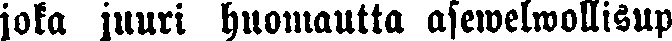
joka juuri huomautta asewelwollisup